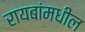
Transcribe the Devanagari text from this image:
रायबांमधील